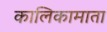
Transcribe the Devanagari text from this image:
कालिकामाता